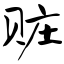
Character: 赃